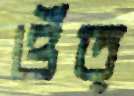
ওঁত্